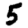
Digit: 5